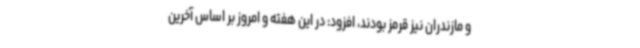
و مازندران نیز قرمز بودند، افزود: در این هفته و امروز بر اساس آخرین